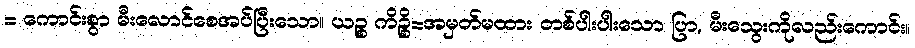
= ကောင်းစွာ မီးလောင်စေအပ်ပြီးသော။ ယဉ္စ ကိဉ္စိ=အမှတ်မထား တစ်ပါးပါးသော ပြာ, မီးသွေးကိုလည်းကောင်း။